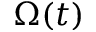
\Omega ( t )